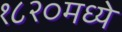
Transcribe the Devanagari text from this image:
१८२०मध्ये